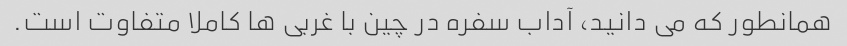
همانطور که می دانید، آداب سفره در چین با غربی ها کاملا متفاوت است.